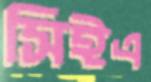
সিইএ